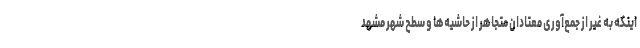
اینکه به غیر از جمع‌آوری معتادان متجاهر از حاشیه‌ها و سطح شهر مشهد